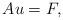
LaTeX: \begin{align*}A u = F, \end{align*}